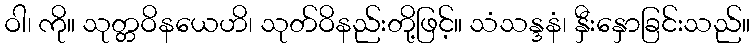
ဝါ၊ ကို။ သုတ္တဝိနယေဟိ၊ သုတ်ဝိနည်းတို့ဖြင့်။ သံသန္ဒနံ၊ နှီးနှောခြင်းသည်။